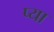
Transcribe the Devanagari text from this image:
प्या